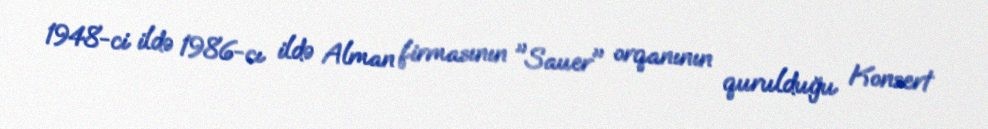
1948-ci ildə 1986-cı ildə Alman firmasının "Sauer" orqanının qurulduğu Konsert